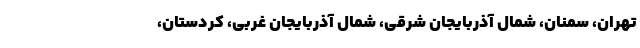
تهران، سمنان، شمال آذربایجان شرقی، شمال آذربایجان غربی، کردستان،